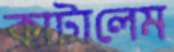
কাটালেম